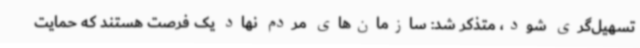
تسهیل‌گری شود، متذکر شد: سازمان‌های مردم نهاد یک فرصت هستند که حمایت